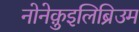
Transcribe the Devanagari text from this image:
नोनेक़ुइलिब्रिउम